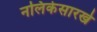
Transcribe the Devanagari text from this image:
नलिकेसारखे